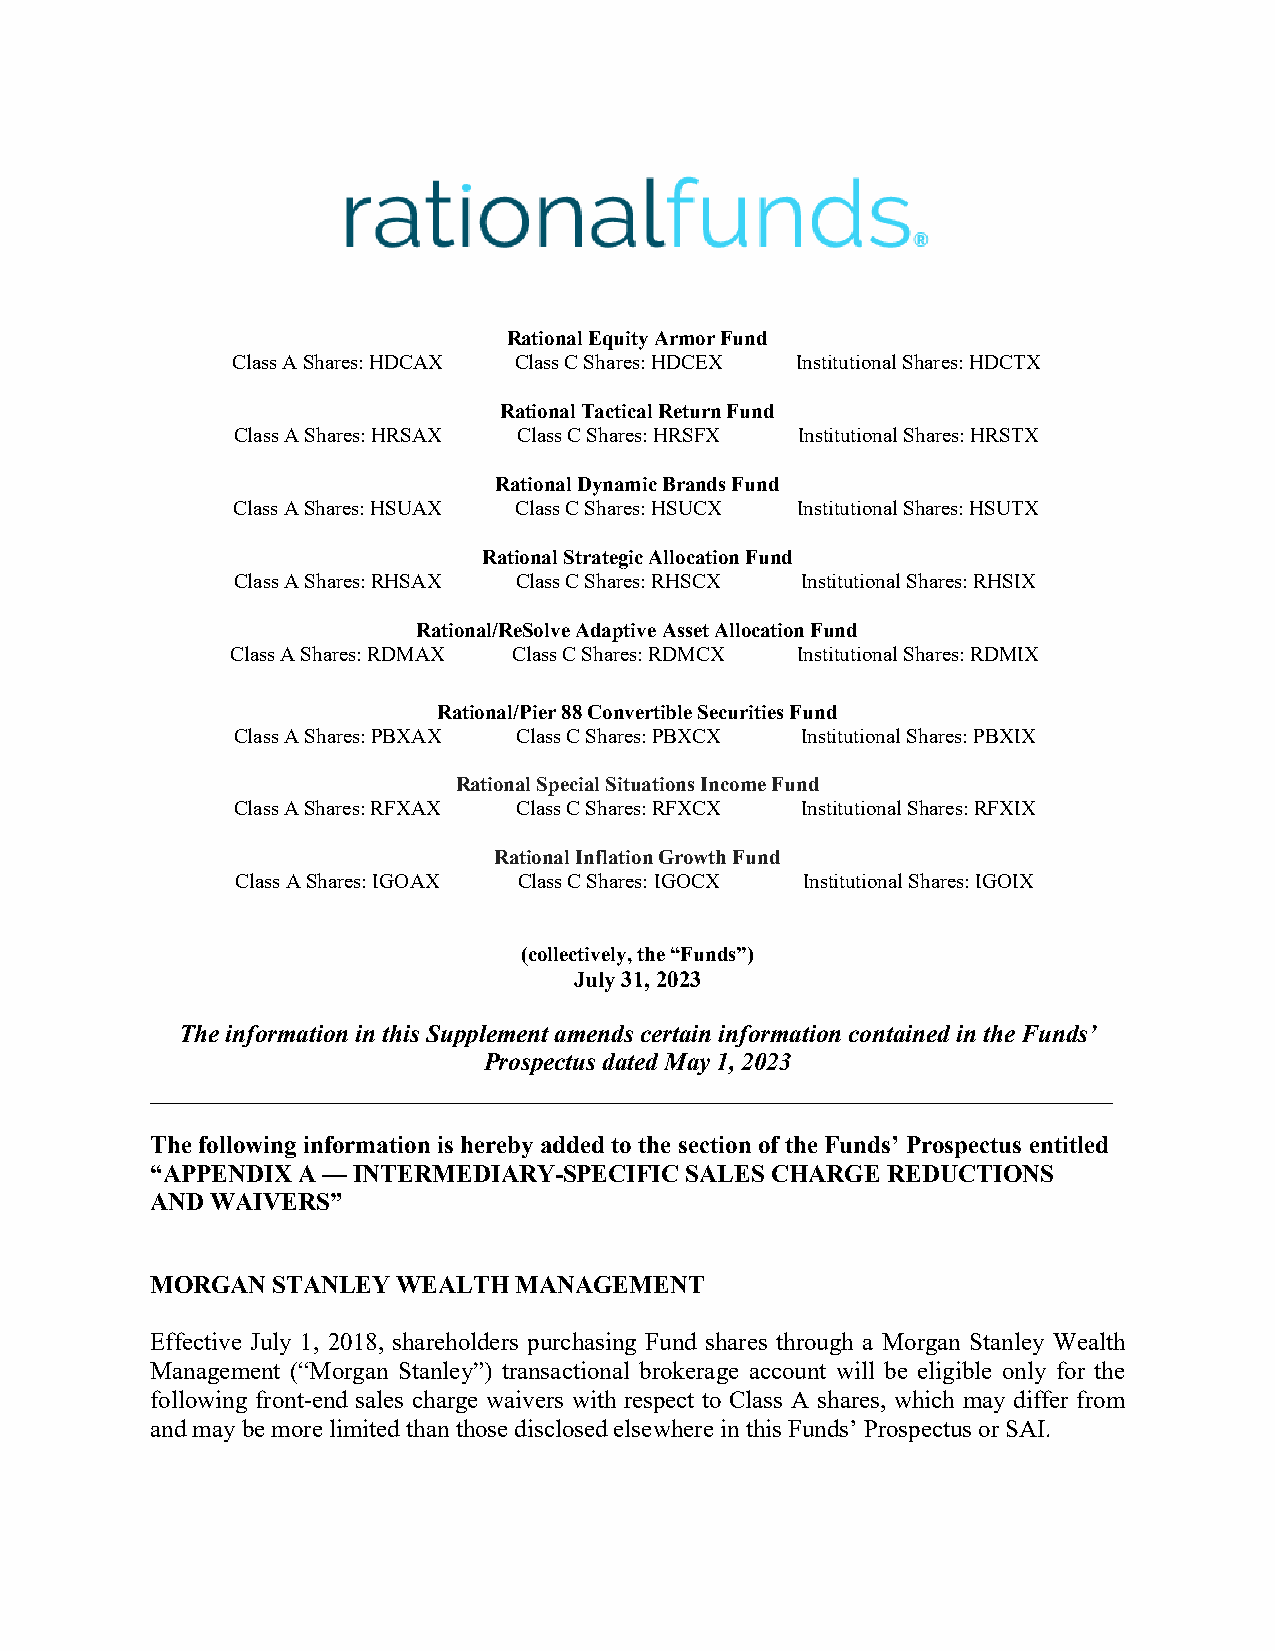
Rational Equity Armor Fund
 Class A Shares: HDCAX Class C Shares: HDCEX Institutional Shares: HDCTX
 Rational Tactical Return Fund
 Class A Shares: HRSAX Class C Shares: HRSFX Institutional Shares: HRSTX
 Rational Dynamic Brands Fund
 Class A Shares: HSUAX Class C Shares: HSUCX Institutional Shares: HSUTX
 Rational Strategic Allocation Fund
 Class A Shares: RHSAX Class C Shares: RHSCX Institutional Shares: RHSIX
 Rational/ReSolve Adaptive Asset Allocation Fund
 Class A Shares: RDMAX Class C Shares: RDMCX Institutional Shares: RDMIX
 Rational/Pier 88 Convertible Securities Fund
 Class A Shares: PBXAX Class C Shares: PBXCX Institutional Shares: PBXIX
 Rational Special Situations Income Fund
 Class A Shares: RFXAX Class C Shares: RFXCX Institutional Shares: RFXIX
 Rational Inflation Growth Fund
 Class A Shares: IGOAX Class C Shares: IGOCX Institutional Shares: IGOIX
 (collectively, the “Funds”)
 July 31, 2023
 The information in this Supplement amends certain information contained in the Funds’
 Prospectus dated May 1, 2023
 _____________________________________________________________________________
 The following information is hereby added to the section of the Funds’ Prospectus entitled
 “APPENDIX A — INTERMEDIARY-SPECIFIC SALES CHARGE REDUCTIONS
 AND WAIVERS”
 MORGAN  STANLEY WEALTH  MANAGEMENT
 Effective July 1, 2018, shareholders purchasing Fund shares through a Morgan Stanley Wealth
 Management (“Morgan Stanley”) transactional brokerage account will be eligible only for the
 following front-end sales charge waivers with respect to Class A shares, which may differ from
 and may be more limited than those disclosed elsewhere in this Funds’ Prospectus or SAI.